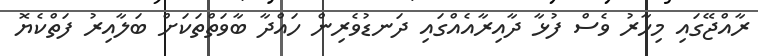
ރާއްޖޭގައި މިހާރު ވެސް ފުޅާ ދާއިރާއެއްގައި ދަނޑުވެރިން ހައްދާ ބާވަތްތަކަށް ބަލާއިރު ފަތްކެޔޮ